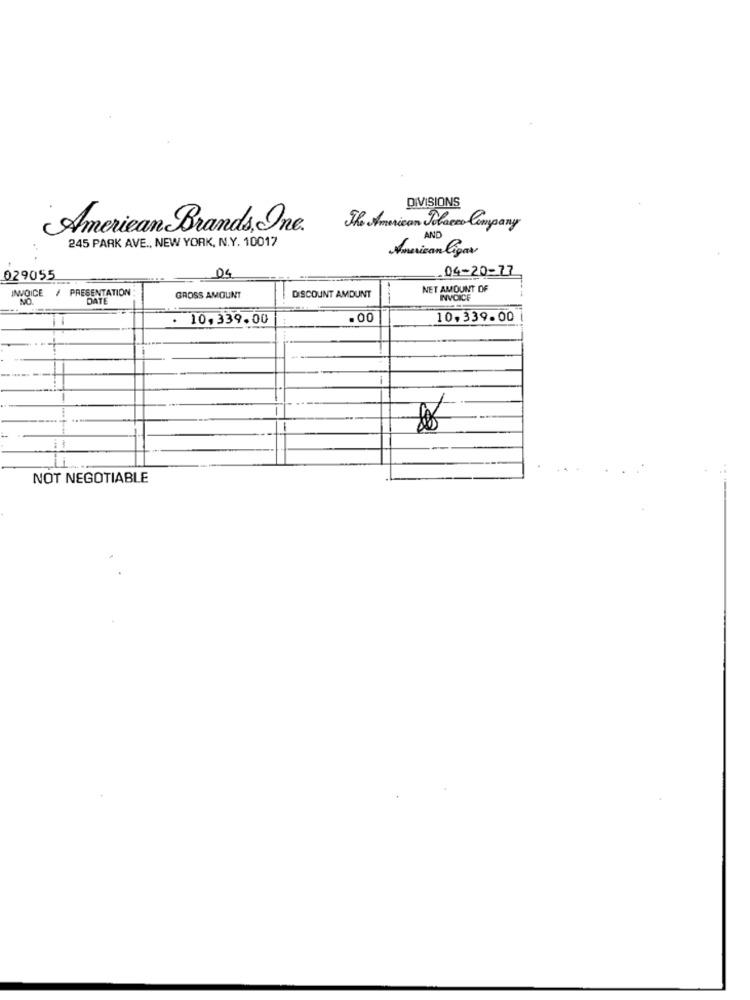
DIVISIONS
American Brands, One.
The American Tobacco Company
245 PARK AVE ., NEW YORK, N.Y. 10017
AND
American ligar
04-20-77
029055
04
INVOICE
/ PRESENTATION
NET AMOUNT OF
NO
DATE
GROSS AMOUNT
DISCOUNT AMOUNT
INVOICE
. 10,339.00
.00
10.339.00
NOT NEGOTIABLE